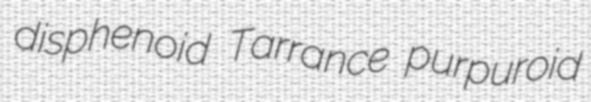
disphenoid Tarrance purpuroid